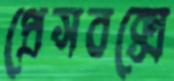
প্রেসবক্সে